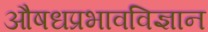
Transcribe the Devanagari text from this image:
औषधप्रभावविज्ञान